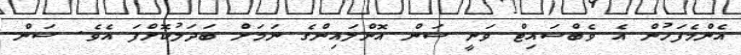
އެންމެފަހުން އެ ވެބްސައިޓް ވަނީ ސަން އޮންލައިންގެ ނަމަށް ބަދަލުކޮށްފަ އެވެ. ސަން